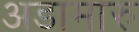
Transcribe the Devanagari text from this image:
अडामारु